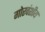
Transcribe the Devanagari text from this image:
गोरवंशीय